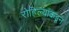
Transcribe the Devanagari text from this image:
रोहिल्यांकडून